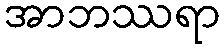
အာဘဿရာ